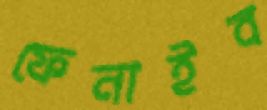
ফেনাইব